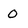
Character: O